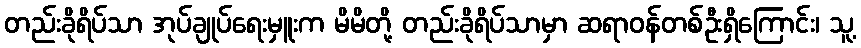
တည်းခိုရိပ်သာ အုပ်ချုပ်ရေးမှူးက မိမိတို့ တည်းခိုရိပ်သာမှာ ဆရာဝန်တစ်ဦးရှိကြောင်း၊ သူ့